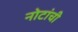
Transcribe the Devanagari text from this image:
नोटांची